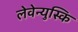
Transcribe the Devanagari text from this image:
लेवेन्युस्कि